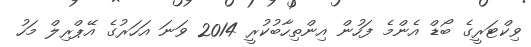
ވިކްޓަރީގެ ބޯޑް އެންމެ ފަހުން އިންތިހާބުކުރީ 2014 ވަނަ އަހަރުގެ އޭޕްރިލް މަހު